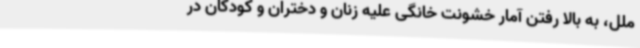
ملل، به بالا رفتن آمار خشونت خانگی علیه زنان و دختران و کودکان در